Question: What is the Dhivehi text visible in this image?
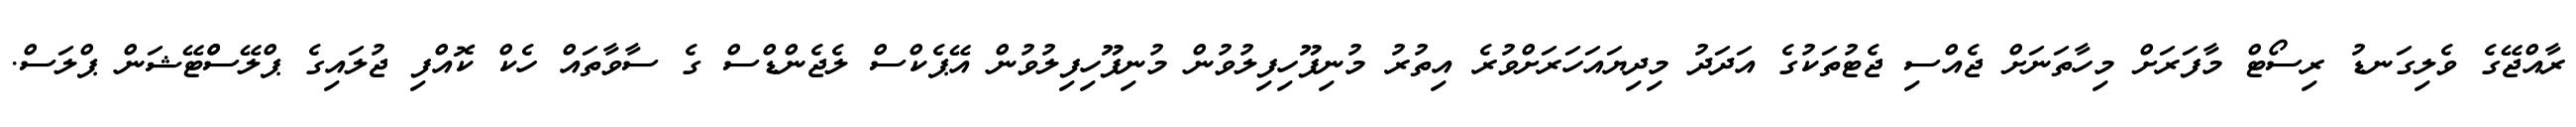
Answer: ރާއްޖޭގެ ވެލިގަނޑު ރިސޯޓް މާފަރަށް މިހާތަނަށް ޖެއްސި ޖެޓުތަކުގެ އަދަދު މިދިޔައަހަރަށްވުރެ އިތުރު މުނިފޫހިފިލުވުން މުނިފޫހިފިލުވުން އޭޕެކްސް ލެޖެންޑްސް ގެ ސާވާތައް ހެކް ކޮއްފި ޖުލައިގެ ޕްލޭސްްޓޭޝަން ޕްލަސް.